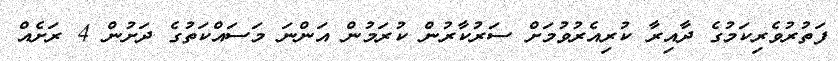
ފަތުރުވެރިކަމުގެ ދާއިރާ ކުރިއެރުވުމަށް ސަރުކާރުން ކުރަމުން އަންނަ މަސައްކަތުގެ ދަށުން 4 ރަށެއް